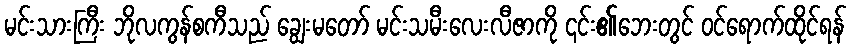
မင်းသားကြီး ဘိုလကွန်စကီသည် ချွေးမတော် မင်းသမီးလေးလီဇာကို ၎င်း၏ဘေးတွင် ဝင်ရောက်ထိုင်ရန်